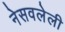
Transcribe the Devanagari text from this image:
नेसवलेली